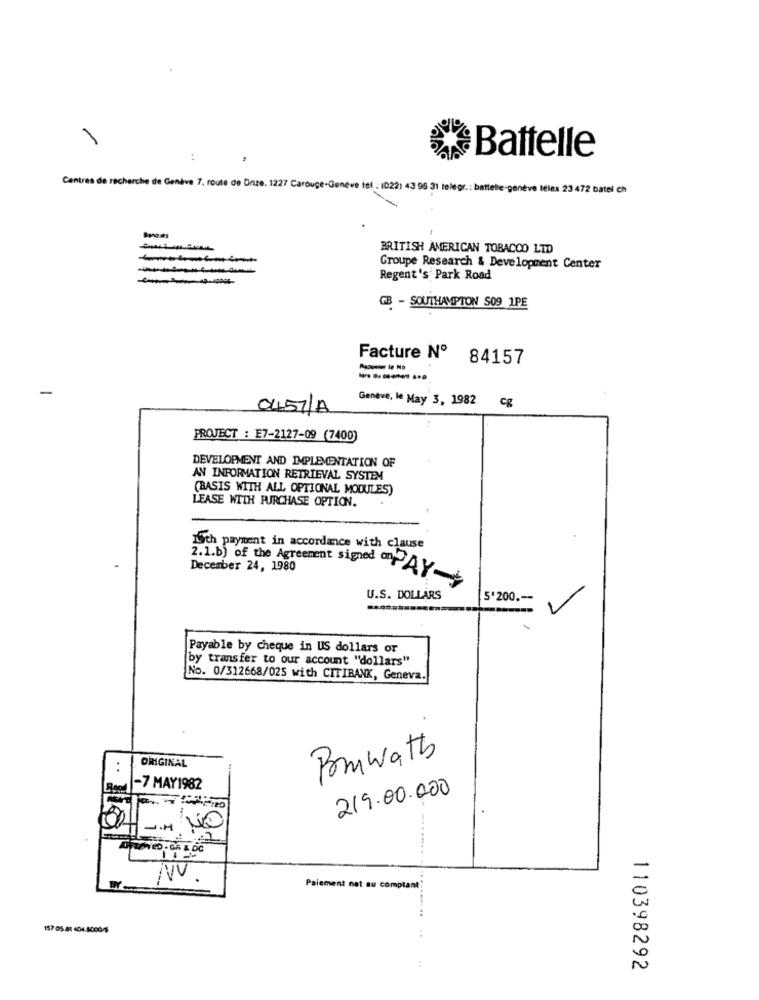
Battelle
Centres de recherche de Genève 7. route de Drize. 1227 Carouge-Genève tel : (022) 43 95 31 telegr. : battelle-genève télex 23 472 batel ch
BRITISH AMERICAN TOBACCO LTD
Groupe Research & Development Center
Regent's Park Road
GB - SOUTHAMPTON S09 1PE
Facture Nº
84157
-
Geneve, le May 3, 1982
cg
0457/A
PROJECT : E7-2127-09 (7400)
DEVELOPMENT AND IMPLEMENTATION OF
AN INFORMATION RETRIEVAL SYSTEM
(BASIS WITH ALL OPTIONAL MODULES)
LEASE WITH PURCHASE OPTION.
15th payment in accordance with clause
December 24, 1980
2.1.b) of the Agreement signed on AY
U.S. DOLLARS
5'200 .--
Payable by cheque in US dollars or
by transfer to our account "dollars"
No. 0/312668/025 with CITIBANK, Geneva.
Bmwatt
ORIGINAL
-7 MAY1982
219.00.000
NO
/VV
Paiement not au com
plant
157 05 .81 404.1000/5
110398292